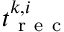
t _ { \mathrm { ~ r ~ e ~ c ~ } } ^ { k , i }